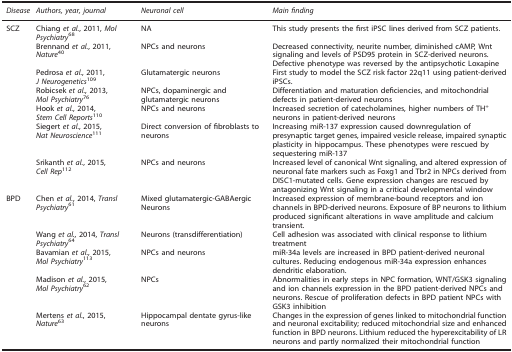
<table><thead><tr><td><b><i>Disease</i></b></td><td><b><i>Authors, year, journal</i></b></td><td><b><i>Neuronal cell</i></b></td><td><b><i>Main finding</i></b></td></tr></thead><tbody><tr><td>SCZ</td><td>Chiang <i>et al.</i>, 2011, <i>Mol Psychiatry</i><sup>68</sup></td><td>NA</td><td>This study presents the first iPSC lines derived from SCZ patients.</td></tr><tr><td> </td><td>Brennand <i>et al.</i>, 2011, <i>Nature</i><sup>40</sup></td><td>NPCs and neurons</td><td>Decreased connectivity, neurite number, diminished cAMP, Wnt signaling and levels of PSD95 protein in SCZ-derived neurons. Defective phenotype was reversed by the antipsychotic Loxapine</td></tr><tr><td> </td><td>Pedrosa <i>et al.</i>, 2011, <i>J Neurogenetics</i><sup>109</sup></td><td>Glutamatergic neurons</td><td>First study to model the SCZ risk factor 22q11 using patient-derived iPSCs.</td></tr><tr><td> </td><td>Robicsek <i>et al.</i>, 2013, <i>Mol Psychiatry</i><sup>76</sup></td><td>NPCs, dopaminergic and glutamatergic neurons</td><td>Differentiation and maturation deficiencies, and mitochondrial defects in patient-derived neurons</td></tr><tr><td> </td><td>Hook <i>et al.</i>, 2014, <i>Stem Cell Reports</i><sup>110</sup></td><td>NPCs and neurons</td><td>Increased secretion of catecholamines, higher numbers of TH<sup>+</sup> neurons in patient-derived neurons</td></tr><tr><td> </td><td>Siegert <i>et al.</i>, 2015, <i>Nat Neuroscience</i><sup>111</sup></td><td>Direct conversion of fibroblasts to neurons</td><td>Increasing miR-137 expression caused downregulation of presynaptic target genes, impaired vesicle release, impaired synaptic plasticity in hippocampus. These phenotypes were rescued by sequestering miR-137</td></tr><tr><td> </td><td>Srikanth <i>et al.</i>, 2015, <i>Cell Rep</i><sup>112</sup></td><td>NPCs and neurons</td><td>Increased level of canonical Wnt signaling, and altered expression of neuronal fate markers such as Foxg1 and Tbr2 in NPCs derived from DISC1-mutated cells. Gene expression changes are rescued by antagonizing Wnt signaling in a critical developmental window</td></tr><tr><td>BPD</td><td>Chen <i>et al.</i>, 2014, <i>Transl Psychiatry</i><sup>61</sup></td><td>Mixed glutamatergic-GABAergic Neurons</td><td>Increased expression of membrane-bound receptors and ion channels in BPD-derived neurons. Exposure of BP neurons to lithium produced significant alterations in wave amplitude and calcium transient.</td></tr><tr><td> </td><td>Wang <i>et al.</i>, 2014, <i>Transl Psychiatry</i><sup>64</sup></td><td>Neurons (transdifferentiation)</td><td>Cell adhesion was associated with clinical response to lithium treatment</td></tr><tr><td> </td><td>Bavamian <i>et al.</i>, 2015, <i>Mol Psychiatry</i><sup>113</sup></td><td>NPCs and neurons</td><td>miR-34a levels are increased in BPD patient-derived neuronal cultures. Reducing endogenous miR-34a expression enhances dendritic elaboration.</td></tr><tr><td> </td><td>Madison <i>et al.</i>, 2015, <i>Mol Psychiatry</i><sup>62</sup></td><td>NPCs</td><td>Abnormalities in early steps in NPC formation, WNT/GSK3 signaling and ion channels expression in the BPD patient-derived NPCs and neurons. Rescue of proliferation defects in BPD patient NPCs with GSK3 inhibition</td></tr><tr><td> </td><td>Mertens <i>et al.</i>, 2015, <i>Nature</i><sup>63</sup></td><td>Hippocampal dentate gyrus-like neurons</td><td>Changes in the expression of genes linked to mitochondrial function and neuronal excitability; reduced mitochondrial size and enhanced function in BPD neurons. Lithium reduced the hyperexcitability of LR neurons and partly normalized their mitochondrial function</td></tr></tbody></table>